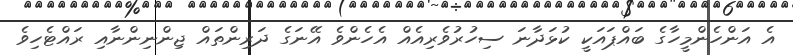
އެ އަންހެންމީހާގެ ބައްޕައަކީ ކުޅަދާނަ ސިހުރުވެރިއެއް އެހެންވެ އޭނަގެ ދަރިންތައް ޖިންނިންނާއި ރައްޓެހިވެ